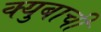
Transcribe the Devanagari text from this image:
क्युबाची